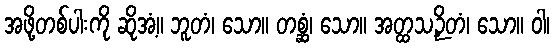
အဖို့တစ်ပါးကို ဆိုအံ့။ ဘူတံ၊ သော။ တစ္ဆံ၊ သော။ အတ္ထသဉှိတံ၊ သော။ ဝါ၊